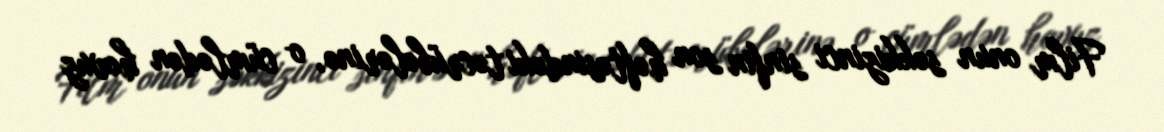
Film onun səkkizinci sinfin son həftəsindəki təcrübələrinə, o cümlədən hovuz